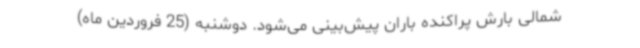
شمالی بارش پراکنده باران پیش‌بینی می‌شود. دوشنبه (25 فروردین ماه)